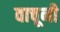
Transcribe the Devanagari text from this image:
वाचूनी